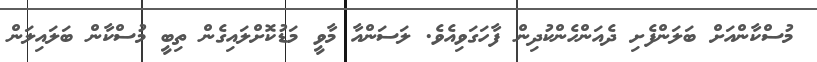
މުސްކާންއަށް ބަލަންފެށި ދެއަންހެންކުދިން ފާހަގަވިއެވެ. ލަސަންއާ މާވީ މަޑުކޮށްލައިގެން ތިބީ މުސްކާން ބަލައިލަން